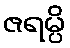
ဇရမ္ပိ